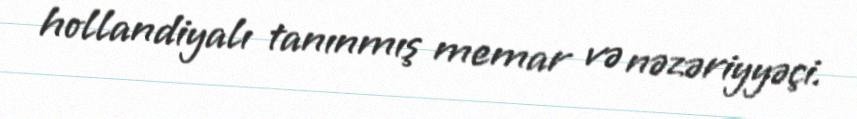
hollandiyalı tanınmış memar və nəzəriyyəçi.